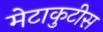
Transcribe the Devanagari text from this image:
मेटाकुटीस